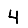
Digit: 4